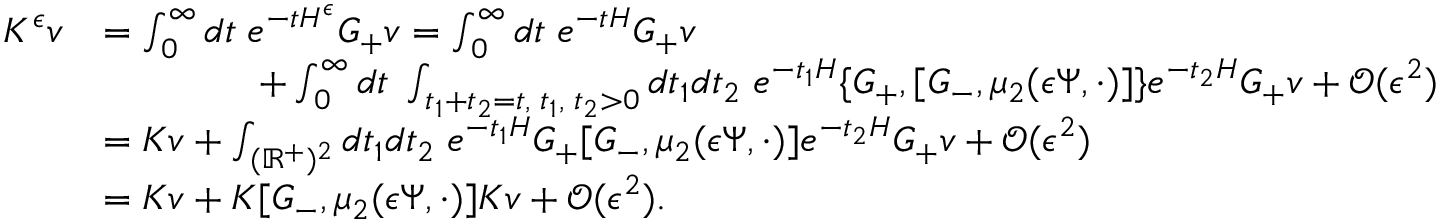
\begin{array} { r l } { K ^ { \epsilon } v } & { = \int _ { 0 } ^ { \infty } d t \; e ^ { - t H ^ { \epsilon } } G _ { + } v = \int _ { 0 } ^ { \infty } d t \; e ^ { - t H } G _ { + } v } \\ & { \qquad \qquad + \int _ { 0 } ^ { \infty } d t \; \int _ { t _ { 1 } + t _ { 2 } = t , \; t _ { 1 } , \; t _ { 2 } > 0 } d t _ { 1 } d t _ { 2 } \; e ^ { - t _ { 1 } H } \{ G _ { + } , [ G _ { - } , \mu _ { 2 } ( { \epsilon } \Psi , \cdot ) ] \} e ^ { - t _ { 2 } H } G _ { + } v + \mathcal { O } ( { \epsilon } ^ { 2 } ) } \\ & { = K v + \int _ { ( \mathbb { R } ^ { + } ) ^ { 2 } } d t _ { 1 } d t _ { 2 } \; e ^ { - t _ { 1 } H } G _ { + } [ G _ { - } , \mu _ { 2 } ( { \epsilon } \Psi , \cdot ) ] e ^ { - t _ { 2 } H } G _ { + } v + \mathcal { O } ( { \epsilon } ^ { 2 } ) } \\ & { = K v + K [ G _ { - } , \mu _ { 2 } ( { \epsilon } \Psi , \cdot ) ] K v + \mathcal { O } ( { \epsilon } ^ { 2 } ) . } \end{array}